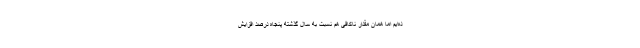
ده‌ایم اما همان مقدار ناکافی هم نسبت به سال گذشته پنجاه درصد افزایش